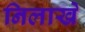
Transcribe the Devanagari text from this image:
निलाखे